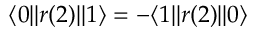
\langle 0 | | r ( 2 ) | | 1 \rangle = - \langle 1 | | r ( 2 ) | | 0 \rangle